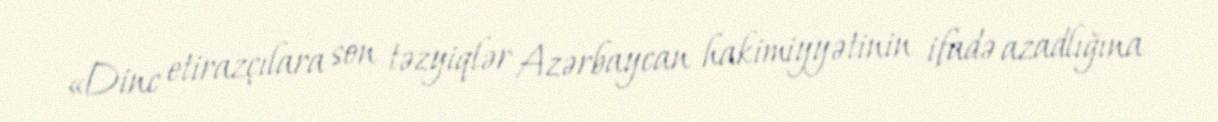
«Dinc etirazçılara son təzyiqlər Azərbaycan hakimiyyətinin ifadə azadlığına